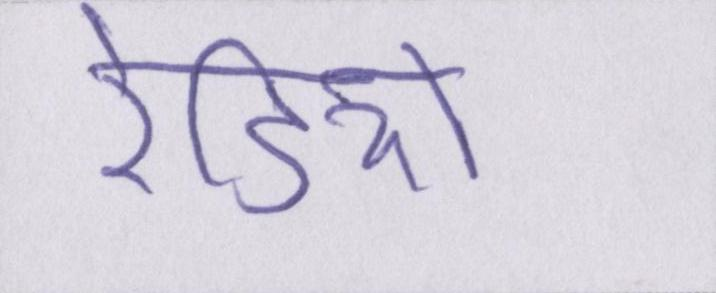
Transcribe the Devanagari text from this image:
रेडियो